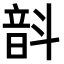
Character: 𫖗